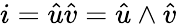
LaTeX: {i}={\hat{u}}{\hat{v}}={\hat{u}}\wedge{\hat{v}}